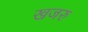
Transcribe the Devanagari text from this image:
खजरु